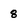
Character: 8